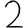
Digit: 2